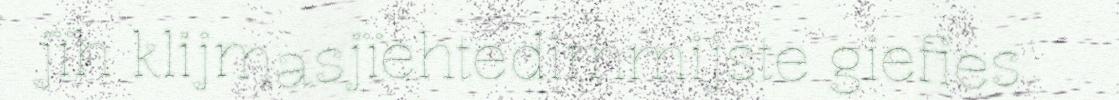
jïh klijmasjïehtedimmijste giefies